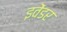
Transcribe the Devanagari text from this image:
इवेंडर